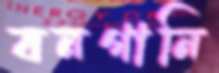
বনগানি